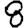
Digit: 8